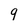
Character: 9